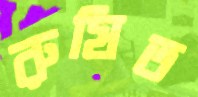
রুষিত